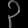
Digit: ၃